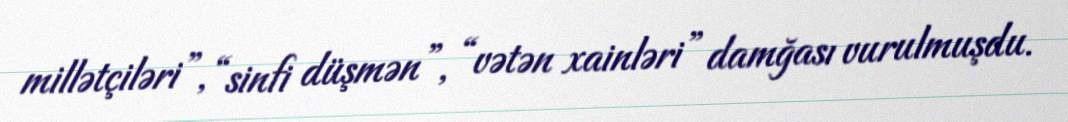
millətçiləri”, “sinfi düşmən”, “vətən xainləri” damğası vurulmuşdu.